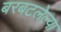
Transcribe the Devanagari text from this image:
बरबटलेल्या